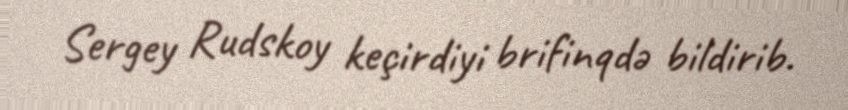
Sergey Rudskoy keçirdiyi brifinqdə bildirib.